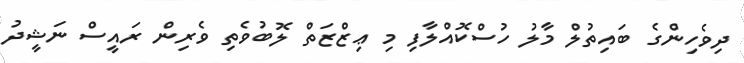
ދިވެހިންގެ ބައިތުލް މާލު ހުސްކޮއްލާފި މި ޢިޒްޒަތް ލޮބުވެތި ވެރިން ރައީސް ނަޝީދު